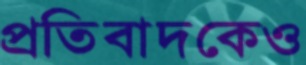
প্রতিবাদকেও